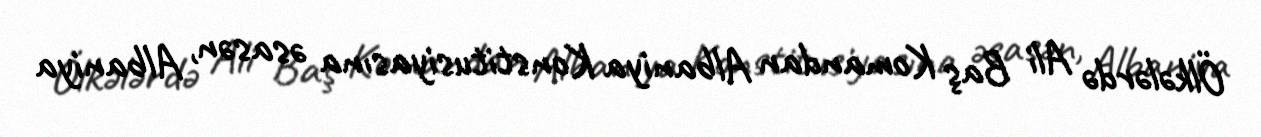
Ölkələrdə Ali Baş Komandan Albaniya Konstitusiyasına əsasən, Albaniya